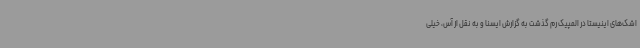
اشک‌های اینیستا در المپیک رم گذشت به گزارش ایسنا و به نقل از آس، خیلی